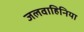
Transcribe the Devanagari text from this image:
जलवाहिनिया